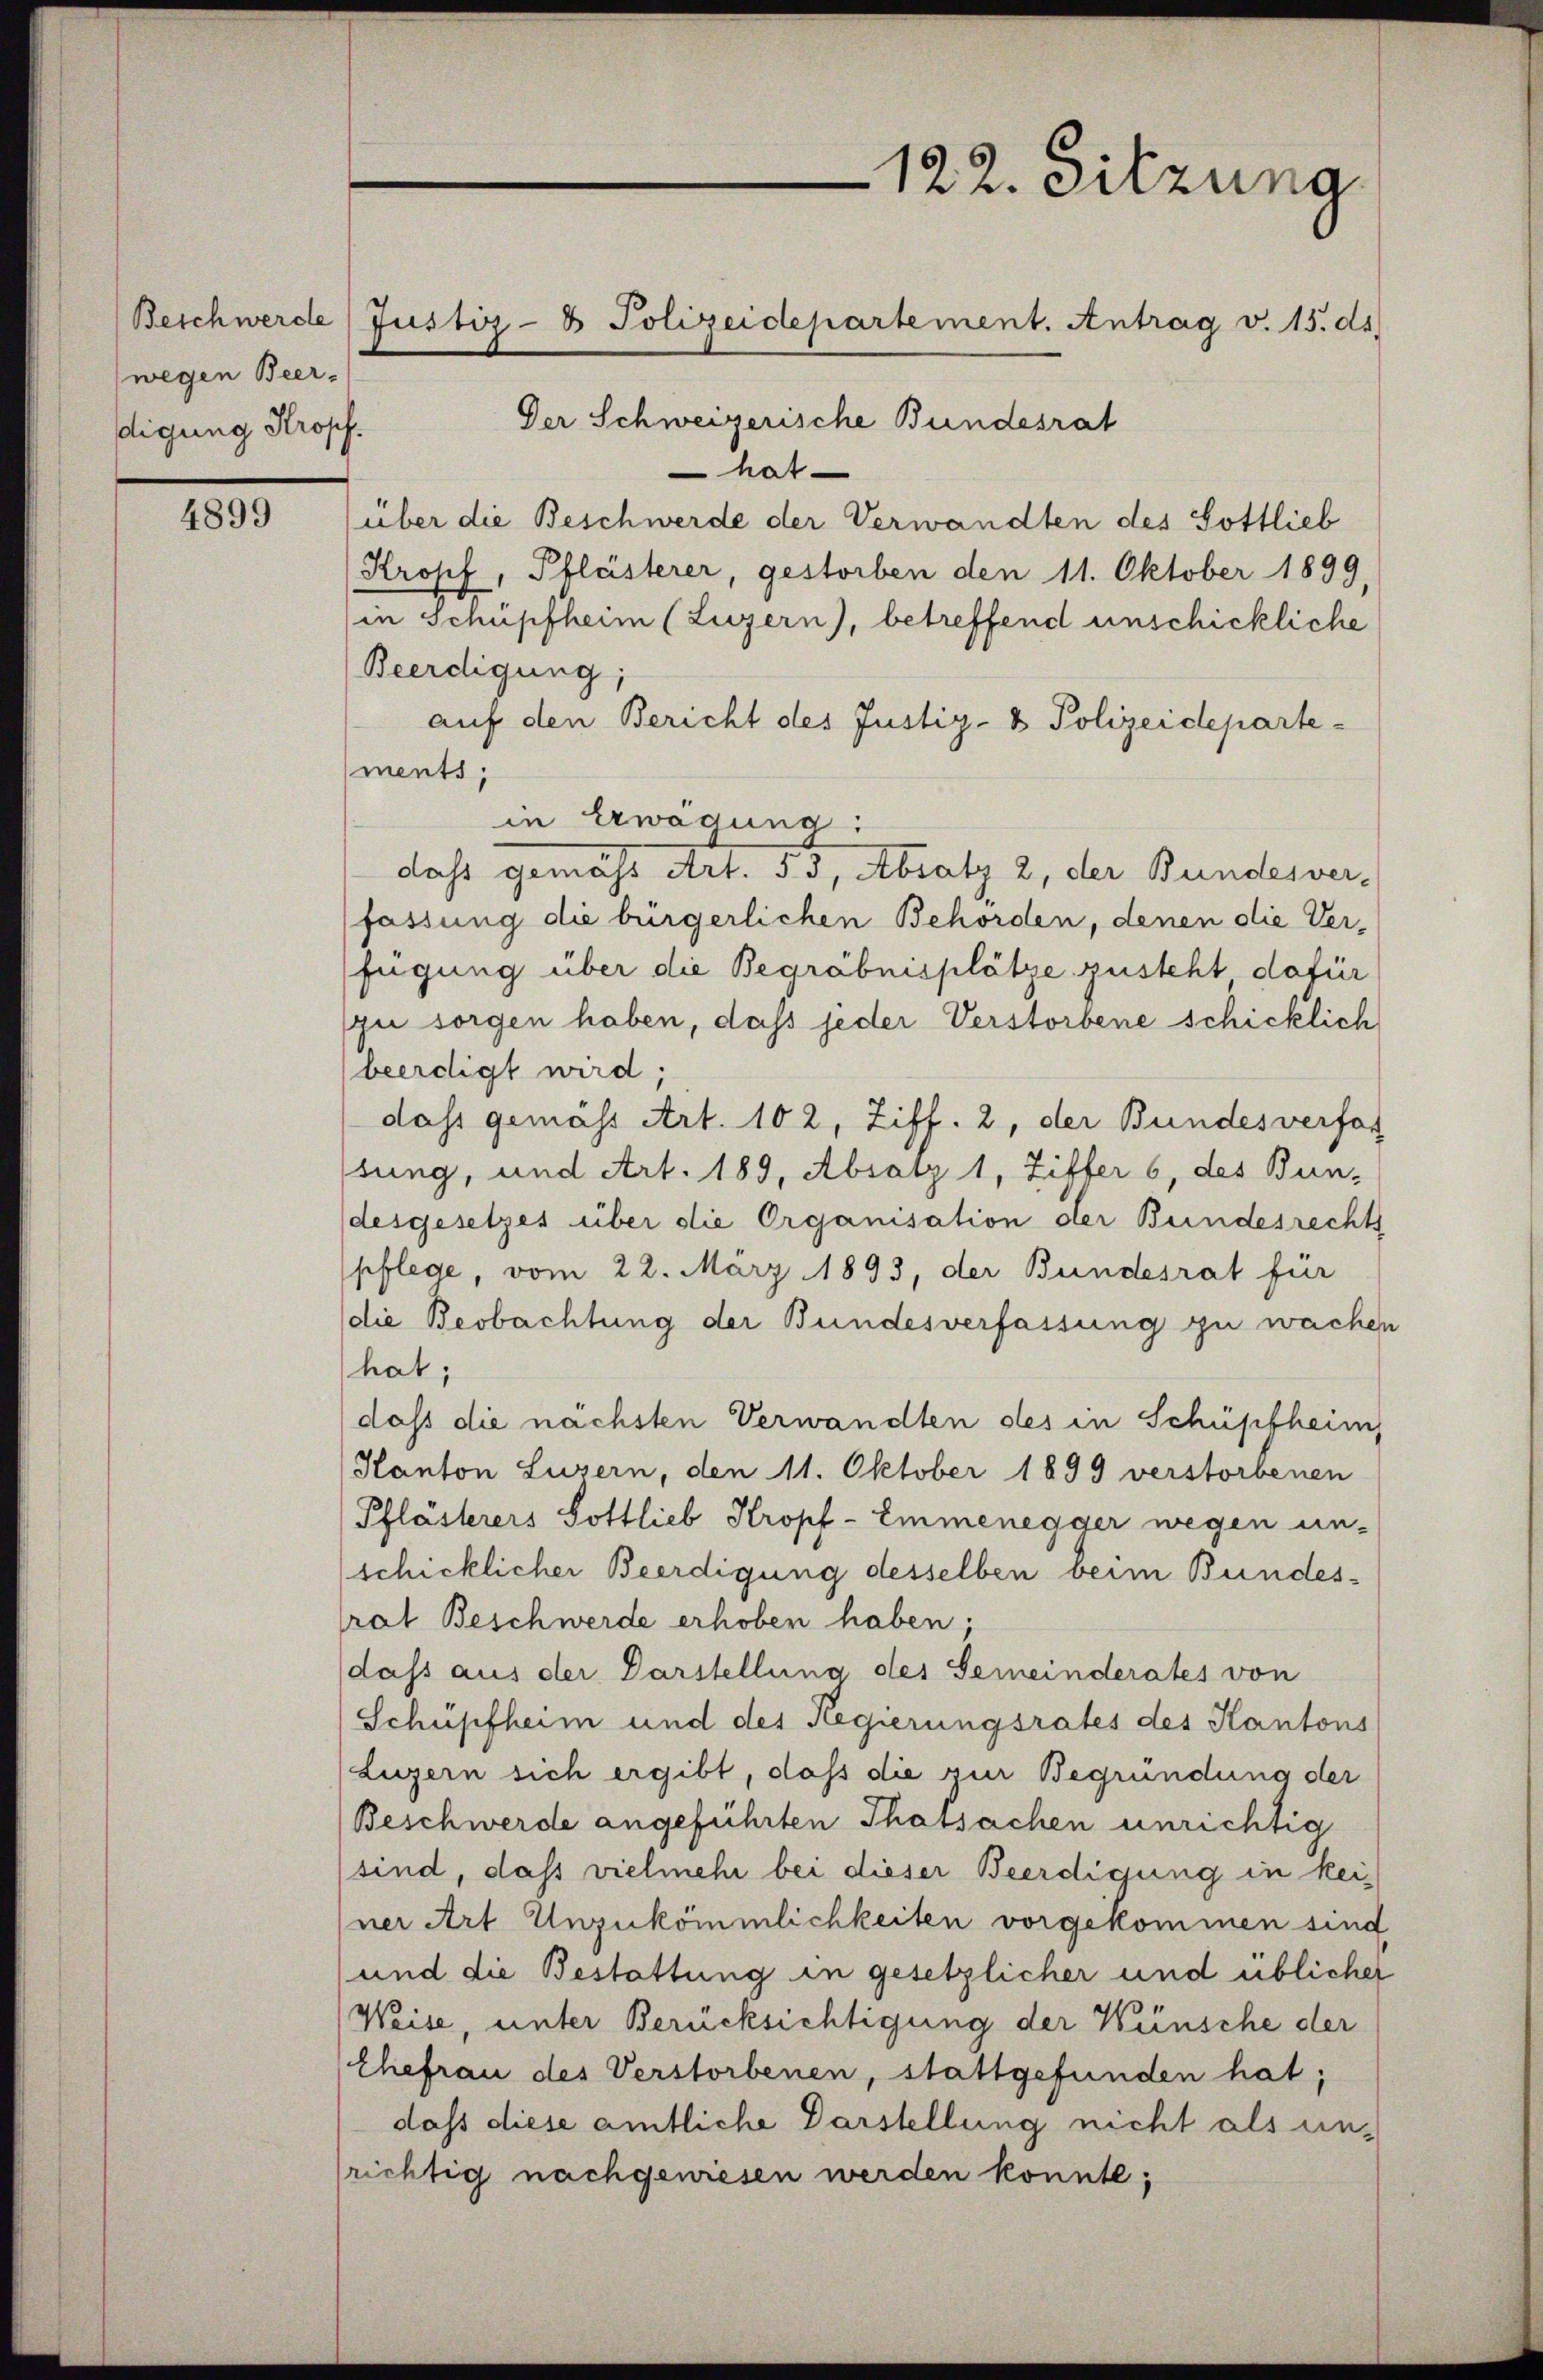
wegen Beerdigung Kropf.

4899

Beschwerde Justiz- & Polizeidepartement. Antrag v. 15. ds.

122. Sitzuna

Der Schweizerische Bundesrat
hat
über die Beschwerde der Verwandten des Gottlieb
Kropf, Pflästerer, gestorben den 11. Oktober 1899,
in Schüpfheim (Luzern), betreffend unschickliche
Beerdigung;
auf den Bericht des Justiz- & Polizeidepartements;
in Erwägung:
dass gemäss Art. 55, Absatz 2, der Bundesverfassung die bürgerlichen Behörden, denen die Ver-
fügung über die Begräbnisplätze zusteht dafür
zu sorgen haben, dass jeder Verstorbene schicklich
beerdigt wird;
dass gemass Art. 102, Ziff. 2, der Bundesverfas
sung, und Art. 189, Absatz 1, Zitter 6, des Bun-
desgesetzes über die Organisation der Bundesrechts
pflege, vom 22. März 1893, der Bundesrat für
(die Beobachtung der Bundesverfassung zu wachen
hat;
dass die nächsten Verwandten des in Schüpfheim
Kanton Luzern, den 11. Oktober 1899 verstorbenen
Pflästerers Gottlieb Kropf- Emmenegger wegen un-
schicklicher Beerdigung desselben beim Bundesrat Beschwerde erhoben haben;
dass aus der Darstellung des Gemeinderates von
Schüpfheim und der Regierungsrates des Kantons
Luzern sich ergibt, dass die zur Begründung der
Beschwerde angeführten Thatsachen unrichtig
sind, dass vielmehr bei dieser Beerdigung in keiner Art Unzukömmlichkeiten vorgekommen sind
und die Bestattung in gesetzlicher und üblicher
Weise, unter Berücksichtigung der Wünsche der
Ehefrau des Verstorbenen, stattgefunden hat;
dass diese amtliche Darstellung nicht als unrichtig nachgewiesen werden könnte;